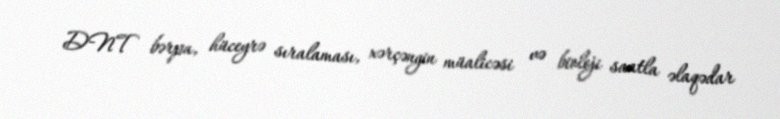
DNT bərpa, hüceyrə sıralaması, xərçəngin müalicəsi və bioloji saatla əlaqədar